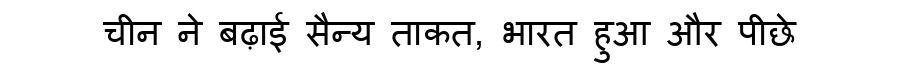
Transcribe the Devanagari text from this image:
चीन ने बढ़ाई सैन्य ताकत, भारत हुआ और पीछे